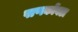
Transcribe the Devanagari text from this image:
पाणकोंबडा